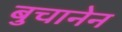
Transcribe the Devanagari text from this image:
बुचानेन